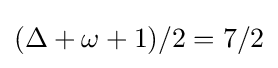
(\Delta +\omega +1)/2=7/2